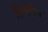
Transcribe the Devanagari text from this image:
हिमाँचल